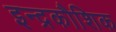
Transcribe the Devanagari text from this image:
इन्द्रकौशिक